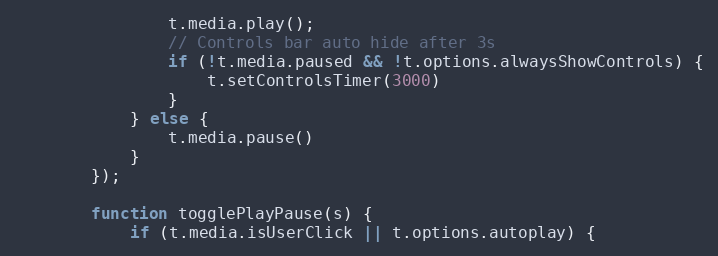
Language: JavaScript
				t.media.play();
				// Controls bar auto hide after 3s
				if (!t.media.paused && !t.options.alwaysShowControls) {
					t.setControlsTimer(3000)
				}
			} else {
				t.media.pause()
			}
		});

		function togglePlayPause(s) {
			if (t.media.isUserClick || t.options.autoplay) {